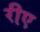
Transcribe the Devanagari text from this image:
रीए